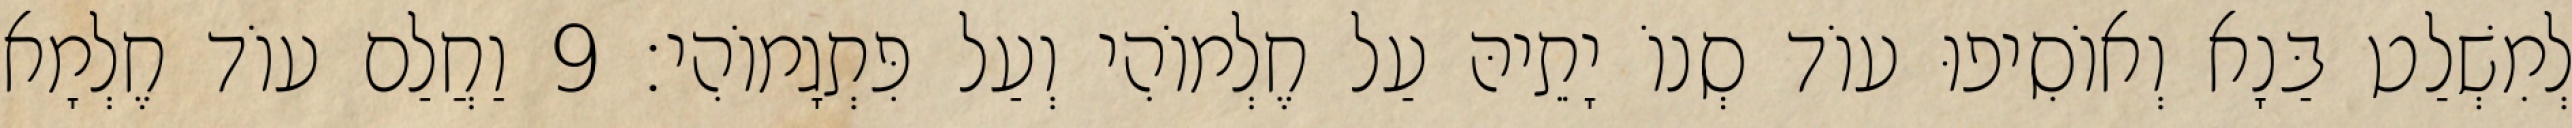
לְמִשְׁלַט בַּנָא וְאוֹסִיפוּ עוֹד סְנוֹ יָתֵיהּ עַל חֶלְמוֹהִי וְעַל פִּתְגָמוֹהִי׃ 9 וַחֲלַם עוֹד חֶלְמָא